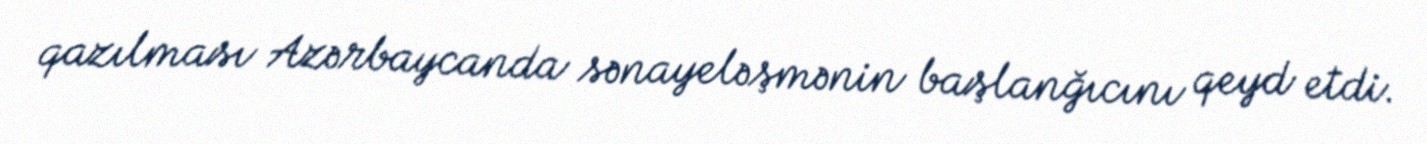
qazılması Azərbaycanda sənayeləşmənin başlanğıcını qeyd etdi.